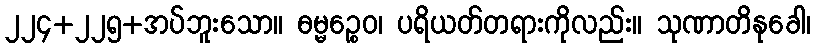
၂၂၄+၂၂၅+အပ်ဘူးသော။ ဓမ္မဉ္စေဝ၊ ပရိယတ်တရားကိုလည်း။ သုဏာတိနုခေါ၊